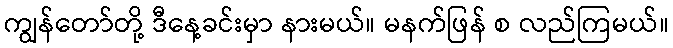
ကျွန်တော်တို့ ဒီနေ့ခင်းမှာ နားမယ်။ မနက်ဖြန် စ လည်ကြမယ်။